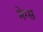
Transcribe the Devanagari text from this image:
मेग्स